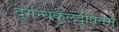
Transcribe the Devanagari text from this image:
दुर्गन्धकुलदूषितम्